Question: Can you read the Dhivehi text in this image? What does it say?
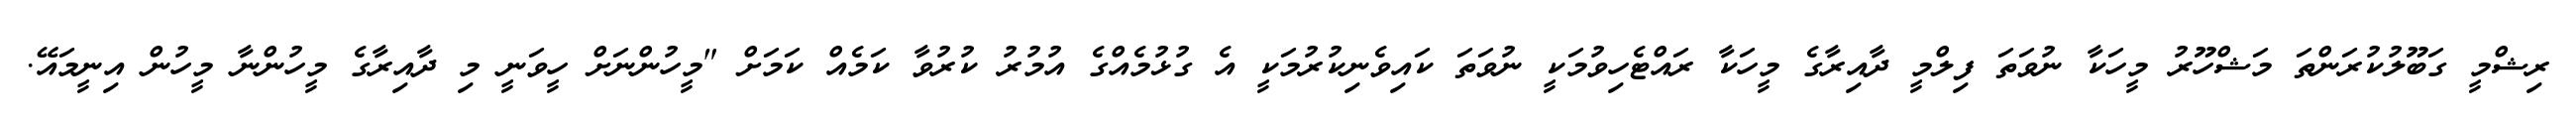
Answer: ރިޝްމީ ގަބޫލުކުރަންތަ މަޝްހޫރު މީހަކާ ނުވަތަ ފިލްމީ ދާއިރާގެ މީހަކާ ރައްޓެހިވުމަކީ ނުވަތަ ކައިވެނިކުރުމަކީ އެ ގުޅުމެއްގެ އުމުރު ކުރުވާ ކަމެއް ކަމަށް "މީހުންނަށް ހީވަނީ މި ދާއިރާގެ މީހުންނާ މީހުން އިނީމައޭ.